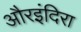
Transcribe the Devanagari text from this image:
औरइंदिरा